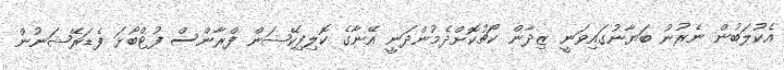
އެކުލަބުން ނެރުނު ބަޔާނުގައިވަނީ ޒިދާން ކޯޗުކޮށްދެމުންދަނީ އޭނާގެ ކޮލިފިކޭޝަން ފްރާންސް ފުޓްބޯޅަ ފެޑަރޭޝަނުން